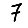
Digit: 7